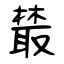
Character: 樷